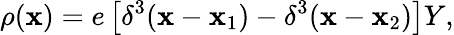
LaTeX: \rho({\mathbf x})=e\left[\delta^{3}({\mathbf x}-{\mathbf x_{\mathrm{1}}})-\delta^{3}({\mathbf x}-{\mathbf x_{\mathrm{2}}})\right]Y,